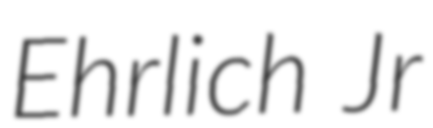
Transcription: Ehrlich Jr